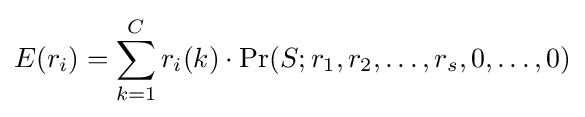
E(r_{i})=\sum _{k=1}^{C}r_{i}(k)\cdot \Pr(S;r_{1},r_{2},\ldots ,r_{s},0,\ldots ,0)